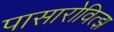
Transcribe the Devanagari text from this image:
पासारोवित्झ